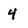
Character: 4